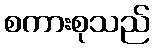
စကားစုသည်